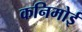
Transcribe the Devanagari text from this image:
कनिमोई